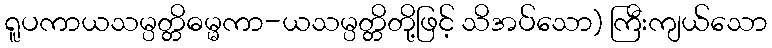
ရူပကာယသမ္ပတ္တိဓမ္မကာ-ယသမ္ပတ္တိတို့ဖြင့် သိအပ်သော) ကြီးကျယ်သော